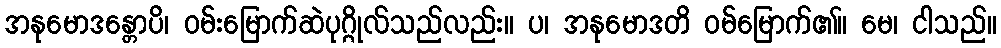
အနုမောဒန္တောပိ၊ ဝမ်းမြောက်ဆဲပုဂ္ဂိုလ်သည်လည်း။ ပ၊ အနုမောဒတိ ဝမ်မြောက်၏။ မေ၊ ငါသည်။